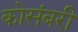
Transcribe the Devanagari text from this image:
कोसंबरी